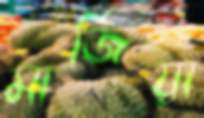
মার্জিয়া